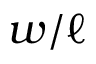
w / \ell